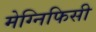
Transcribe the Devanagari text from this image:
मेग्निफिसी